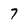
Character: 7